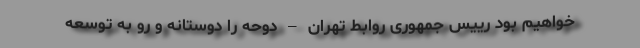
خواهیم بود رییس جمهوری روابط تهران – دوحه را دوستانه و رو به توسعه